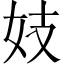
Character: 妓